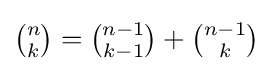
\textstyle {\binom {n}{k}}={\binom {n-1}{k-1}}+{\binom {n-1}{k}}